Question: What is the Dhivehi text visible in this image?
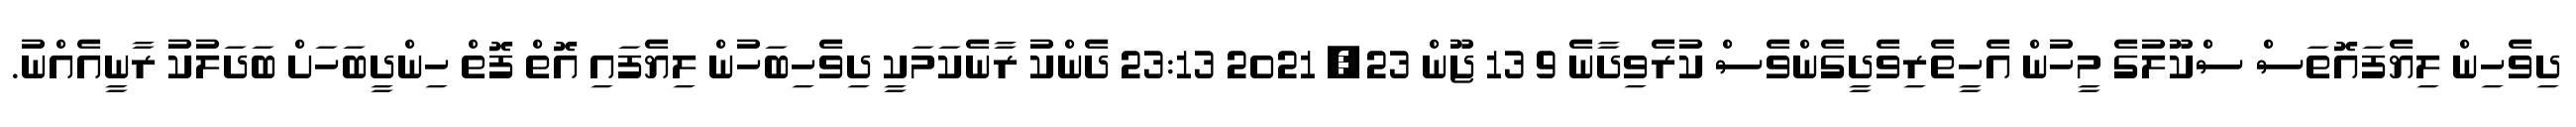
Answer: ދިވެހިން ލިޔެފައޮތަސް ސްކޫލުގެ މީހުން އެހީތެރިވެދީގެންވެސް ކުރެވިދާނެ 9 13 ޖޫން 23, 2021 23:13 ދެންކު ރާނެކަމަކީ ދިވެހިބަހުން ލިޔެފައި އޮތް ފޮތް ހިންދީބަހަށް ބަދަލުކު ރާނީއެއްނު.